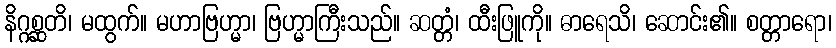
နိဂ္ဂစ္ဆတိ၊ မထွက်။ မဟာဗြဟ္မာ၊ ဗြဟ္မာကြီးသည်။ ဆတ္တံ၊ ထီးဖြူကို။ ဓာရေသိ၊ ဆောင်း၏။ စတ္တာရော၊